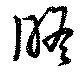
瞻